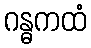
ဂန္ဓကထံ